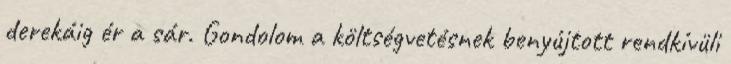
derekáig ér a sár. Gondolom a költségvetésnek benyújtott rendkívüli